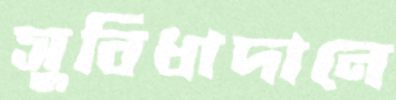
সুবিধাদানে